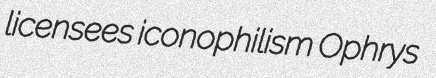
licensees iconophilism Ophrys